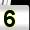
Digit: 5